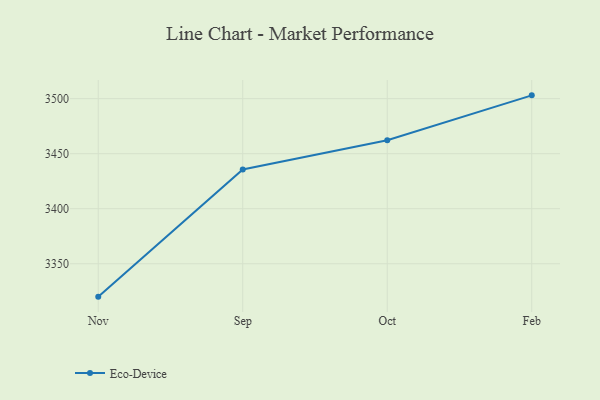
{"axis": {"x": "Month", "y": "Page Views"}, "legend": ["Eco-Device"], "data": [{"x": "Nov", "y": 3320.1, "type": "Eco-Device"}, {"x": "Sep", "y": 3435.7, "type": "Eco-Device"}, {"x": "Oct", "y": 3462.2, "type": "Eco-Device"}, {"x": "Feb", "y": 3503.0, "type": "Eco-Device"}]}